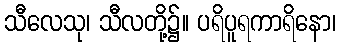
သီလေသု၊ သီလတို့၌။ ပရိပူရကာရိနော၊